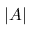
| { \cal { A } } |